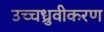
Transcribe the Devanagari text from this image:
उच्चध्रुवीकरण